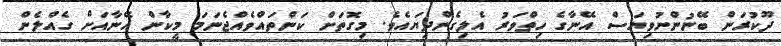
ދޫކުރަން ބޭނުންނުވިޔަސް އޭނާގެ ހިތްވަރު އެލިގެންދިޔައެވެ. މިގޮތަށް ކަންތައްވެއްޖެނަމަ މީކާން އޭނާއަށް ގެއްލެން